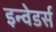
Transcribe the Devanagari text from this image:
इन्वेडर्स